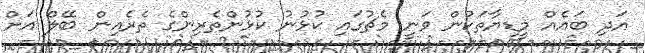
އަދި ބައެއް މީޑިޔާތަކުން ވަނީ މެޗުގައި ކުޅުނު ކުޅުންތެރިންގެ ތެރެއިން ބޭލް އަށް